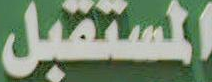
المستقبل